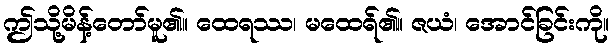
ဤသို့မိန့်တော်မူ၏။ ထေရဿ၊ မထေရ်၏။ ဇယံ၊ အောင်ခြင်းကို။